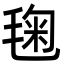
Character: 毱